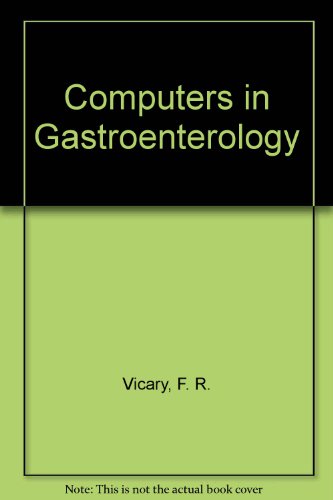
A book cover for Computers in Gastroenterology; F. R. Vicary; Medical Books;